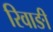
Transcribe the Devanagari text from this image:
रिवाङी